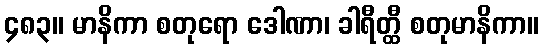
၄၈၃။ မာနိကာ စတုရော ဒေါဏာ၊ ခါရီတ္ထီ စတုမာနိကာ။